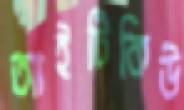
আইটিকিউ